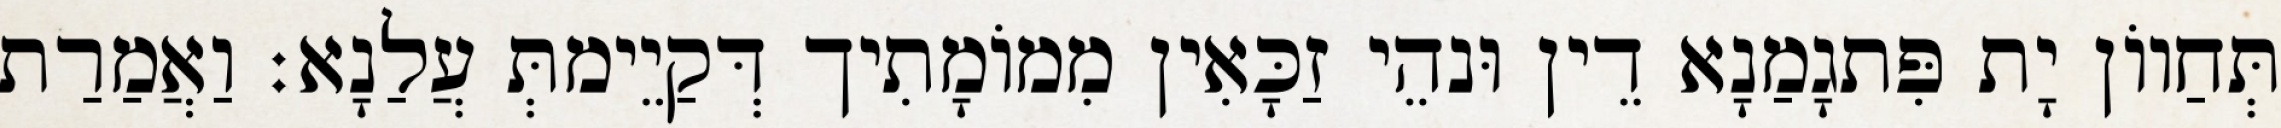
תְּחַווֹן יָת פִּתגָמַנָא דֵין וּנהֵי זַכָּאִין מִמוֹמָתִיך דְּקַיֵימתְּ עֲלַנָא׃ וַאֲמַרַת